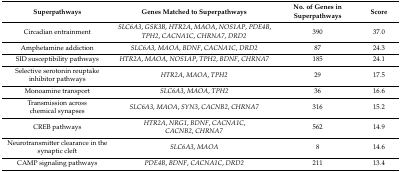
| Superpathways | Genes Matched to Superpathways | No. of Genes in Superpathways | Score |
 | --- | --- | --- | --- |
 | Circadian entrainment | SLC6A3, GSK3B, HTR2A, MAOA, NOS1AP, PDE4B, TPH2, CACNA1C, CHRNA7, DRD2 | 390 | 37.0 |
 | Amphetamine addiction | SLC6A3, MAOA, BDNF, CACNA1C, DRD2 | 87 | 24.3 |
 | SID susceptibility pathways | HTR2A, MAOA, NOS1AP, TPH2, BDNF, CHRNA7 | 185 | 24.1 |
 | Selective serotonin reuptake inhibitor pathways | HTR2A, MAOA, TPH2 | 29 | 17.5 |
 | Monoamine transport | SLC6A3, MAOA, TPH2 | 36 | 16.6 |
 | Transmission across chemical synapses | SLC6A3, MAOA, SYN3, CACNB2, CHRNA7 | 316 | 15.2 |
 | CREB pathways | HTR2A, NRG1, BDNF, CACNA1C, CACNB2, CHRNA7 | 562 | 14.9 |
 | Neurotransmitter clearance in the synaptic cleft | SLC6A3, MAOA | 8 | 14.6 |
 | CAMP signaling pathways | PDE4B, BDNF, CACNA1C, DRD2 | 211 | 13.4 |